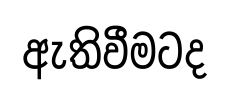
ඇතිවීමටද